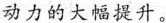
动力的大幅提升。